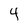
Character: 4